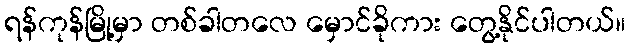
ရန်ကုန်မြို့မှာ တစ်ခါတလေ မှောင်ခိုကား တွေ့နိုင်ပါတယ်။